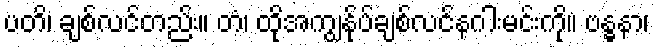
ပတိ၊ ချစ်လင်တည်း။ တံ၊ ထိုအကျွန်ုပ်ချစ်လင်နဂါးမင်းကို။ ဗန္ဓနာ၊